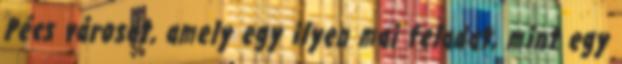
Pécs városát, amely egy ilyen mai feladat, mint egy